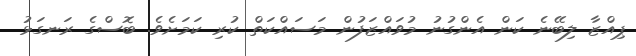
ޕިއްޒާ ލިބޭނެ ކަން އެންގުނު މުވައްޒަފުން މަސައްކަތް ކުރި ކަމަށެވެ. ބޮސްގެ ރަނގަޅު